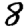
Digit: 8